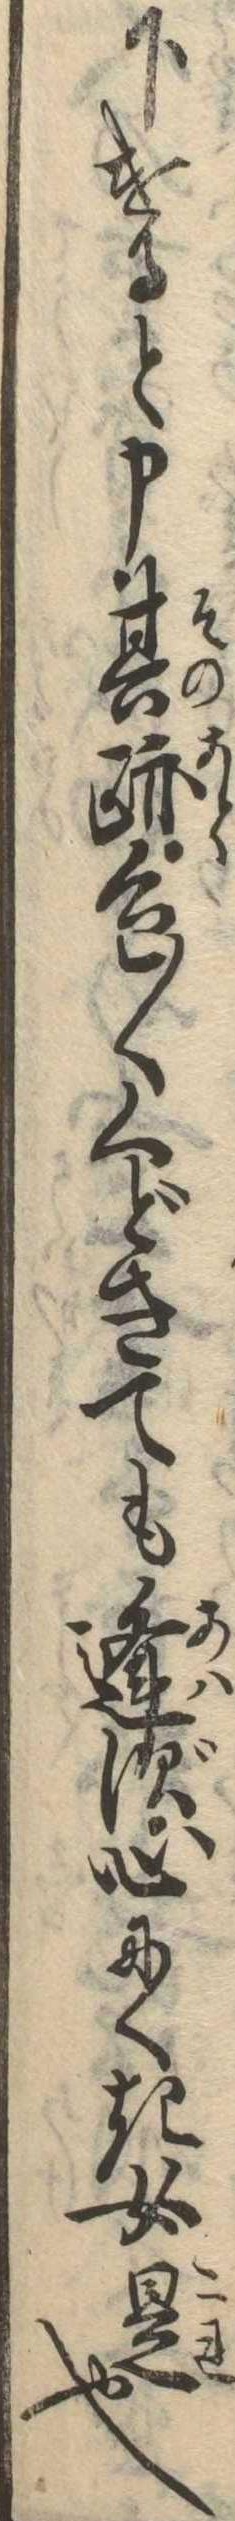
下けると申其跡色〱くどきても逢ず心にくき女是也